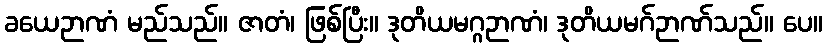
ခယေဉာဏံ မည်သည်။ ဇာတံ၊ ဖြစ်ပြီး။ ဒုတိယမဂ္ဂဉာဏံ၊ ဒုတိယမဂ်ဉာဏ်သည်။ ပေ။